Report of an investigation of the epidemic of malarial fever in Assam, or, kala-azar
Disease focus: Malaria
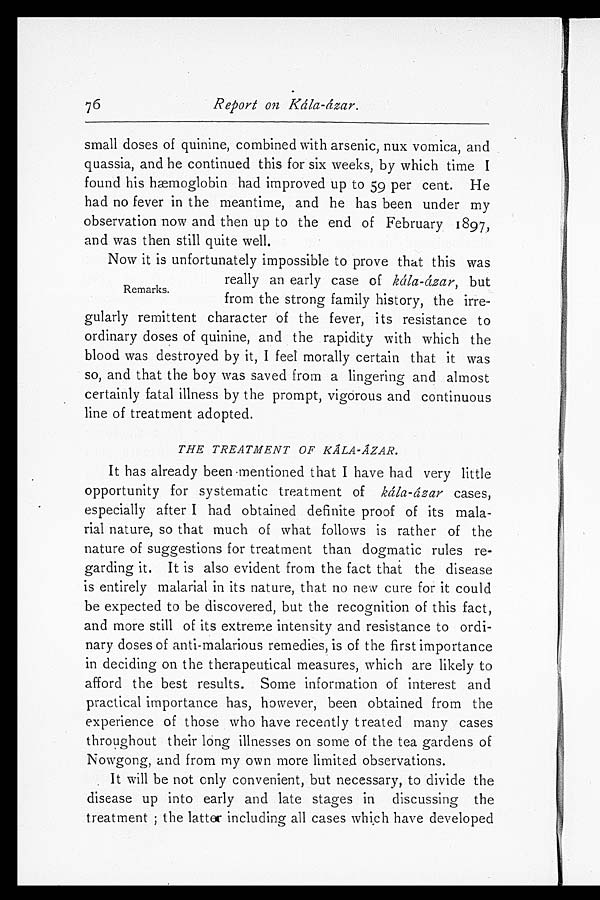
small doses of quinine, combined with arsenic, nux vomica, and
quassia, and he continued this for six weeks, by which time I
found his hæmoglobin had improved up to 59 per cent. He
had no fever in the meantime, and he has been under my
observation now and then up to the end of February 1897,
and was then still quite well.
Now it is unfortunately impossible to prove that this was
really an early case of kála-ázar, but
from the strong family history, the irre-
gularly remittent character of the fever, its resistance to
ordinary doses of quinine, and the rapidity with which the
blood was destroyed by it, I feel morally certain that it was
so, and that the boy was saved from a lingering and almost
certainly fatal illness by the prompt, vigorous and continuous
line of treatment adopted.
THE TREATMENT OF KÁLA-ÁZAR.
It has already been mentioned that I have had very little
opportunity for systematic treatment of kála-ázar cases,
especially after I had obtained definite proof of its mala
- r i a l n a t u r e , s o t h a t m u c h o f w h a t f o l l o w s i s r a t h e r o f t h e
nature of suggestions for treatment than dogmatic rules re
-garding it. It is also evident from the fact that the disease
is entirely malarial in its nature, that no new cure for it could
be expected to be discovered, but the recognition of this fact,
and more still of its extreme intensity and resistance to ordi
-nary doses of anti-malarious remedies, is of the first importance
in deciding on the therapeutical measures, which are likely to
afford the best results. Some information of interest and
practical importance has, however, been obtained from the
experience of those who have recently treated many cases
throughout their long illnesses on some of the tea gardens of
Nowgong, and from my own more limited observations.
It will be not only convenient, but necessary, to divide the
disease up into early and late stages in discussing the
t r e a t me n t ; t h e l a t t e r i n c l u d i n g a l l c a s e s w h i c h h a v e d e v e l o p e d
76
Remarks.